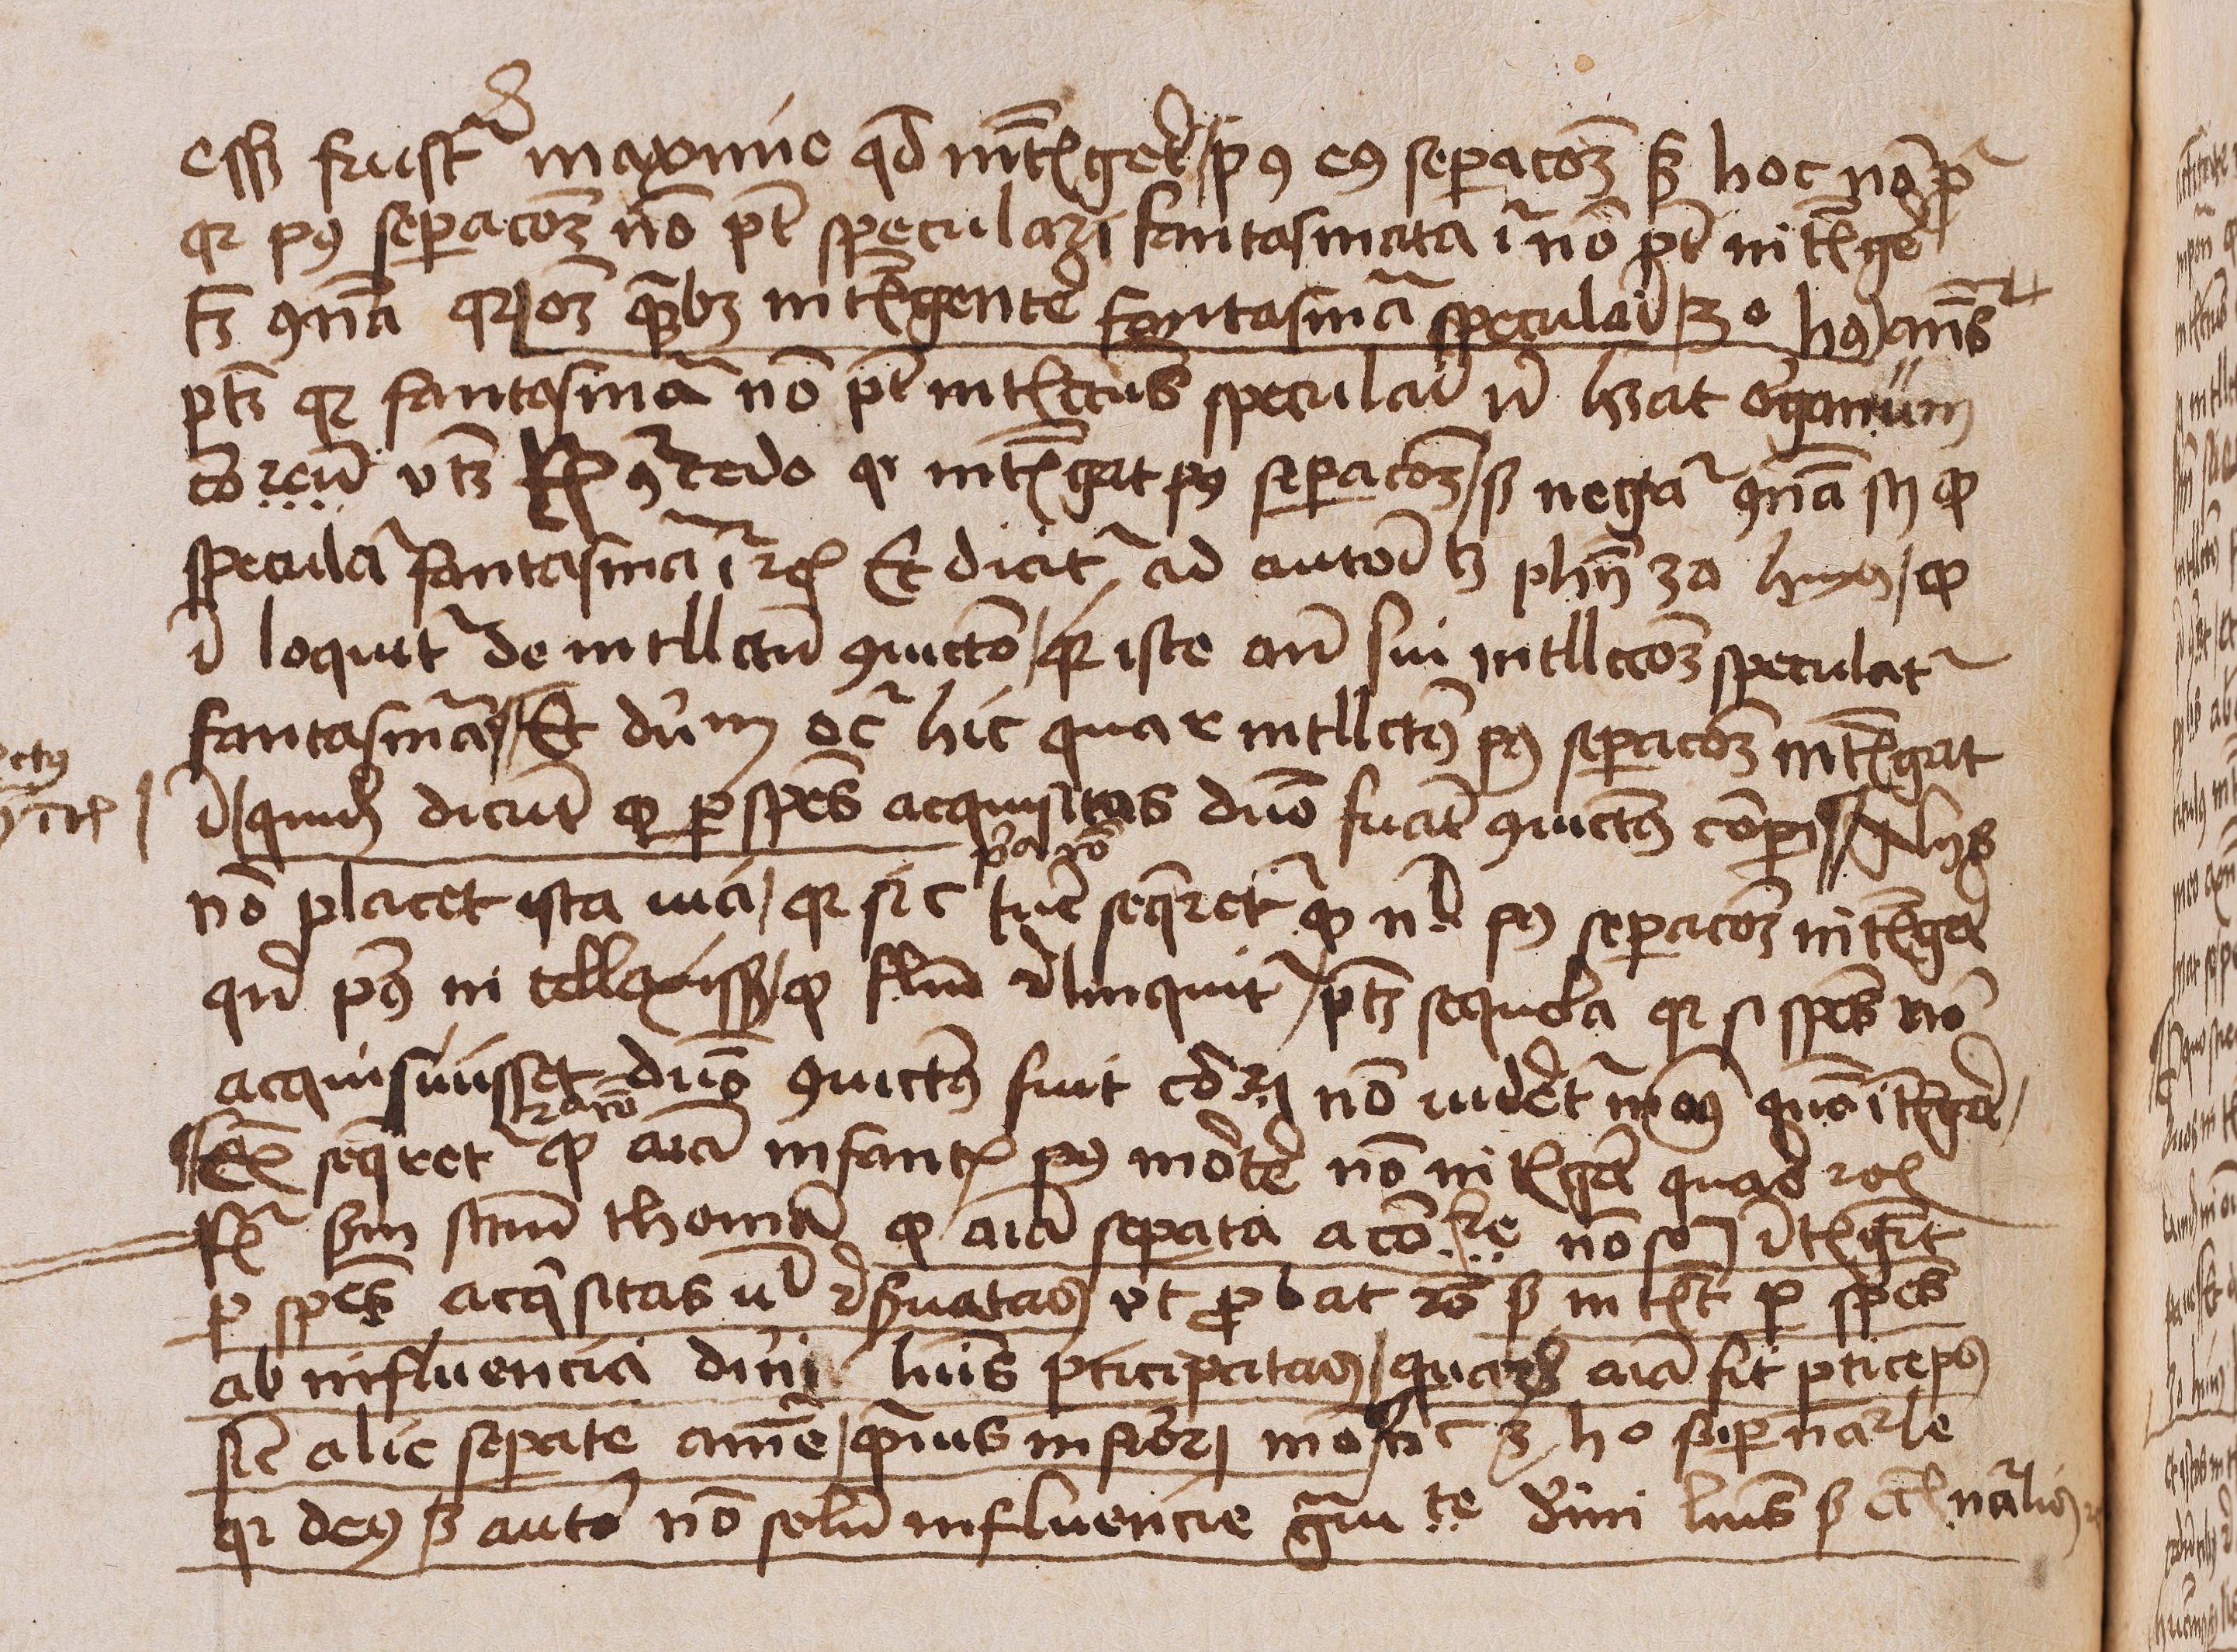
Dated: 1450–1474